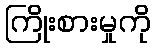
ကြိုးစားမှုကို